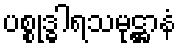
ပစ္စုဒ္ဓါရသမုဋ္ဌာနံ